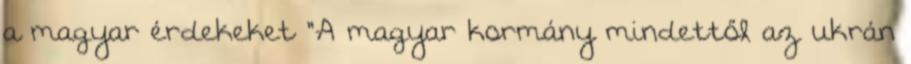
a magyar érdekeket "A magyar kormány mindettől az ukrán